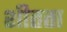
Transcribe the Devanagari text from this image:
शीतता